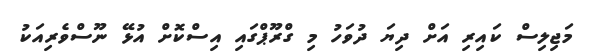
މަޖިލިސް ކައިރި އަށް ދިޔަ ދުވަހު މި ގްރޫޕްގައި އިސްކޮށް އުޅޭ ނޫސްވެރިއަކު